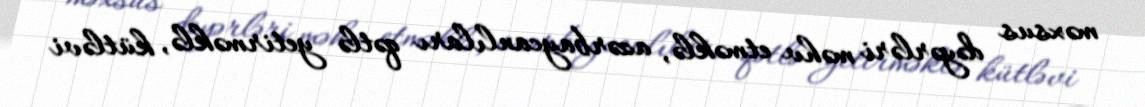
məxsus dəyərləri məhv etməklə, azərbaycanlıları qətlə yetirməklə, kütləvi